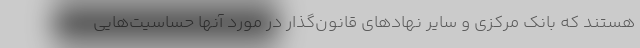
هستند که بانک مرکزی و سایر نهادهای قانون‌گذار در مورد آنها حساسیت‌هایی